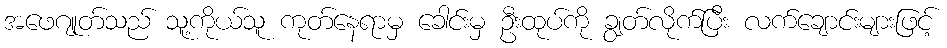
အဖေဂျုတ်သည် သူ့ကိုယ်သူ ကုတ်နေရာမှ ခေါင်းမှ ဦးထုပ်ကို ချွတ်လိုက်ပြီး လက်ချောင်းများဖြင့်